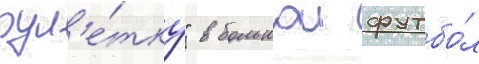
рул'е́тку" в большои футбо́л